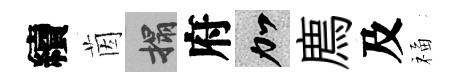
續茵搨府加廌及福